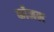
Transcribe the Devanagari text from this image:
कॉजल